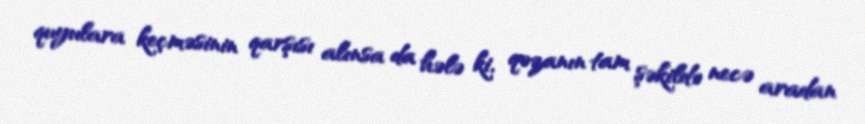
quyulara keçməsinin qarşısı alınsa da hələ ki, qəzanın tam şəkildə necə aradan